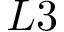
L 3